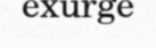
exurge